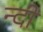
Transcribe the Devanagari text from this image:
न्दी